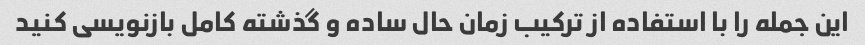
این جمله را با استفاده از ترکیب زمان حال ساده و گذشته کامل بازنویسی کنید